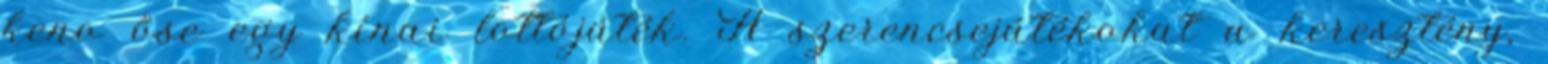
keno őse egy kínai lottójáték. A szerencsejátékokat a keresztény,